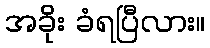
အခိုး ခံရပြီလား။